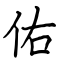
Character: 佑